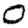
Digit: 0